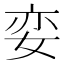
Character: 娈